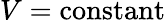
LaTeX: V={\mathrm{constant}}